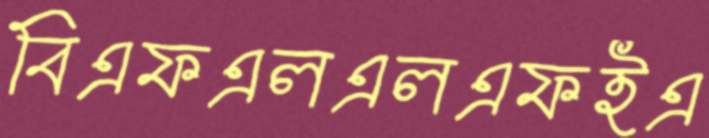
বিএফএলএলএফইএ